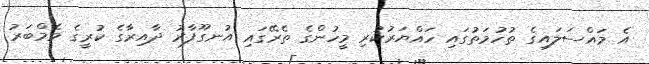
އެ މައްސަލައިގެ ތުހުމަތުގައި ހައްޔަރުކުރި މީހުންގެ ތެރޭގައި އުނގޫފާރު ދާއިރާގެ ކުރީގެ މެމްބަރު